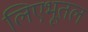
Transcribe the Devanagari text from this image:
लिएभूतल